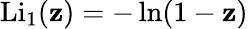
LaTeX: \operatorname{Li}_{1}(\mathbf{z})=-\ln(1-\mathbf{z})